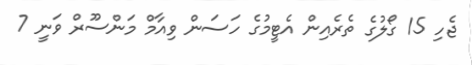
ޖެހި 15 ގޯލުގެ ތެރެއިން އެޓީމުގެ ހަސަން ވިއާމް މަންސޫރް ވަނީ 7